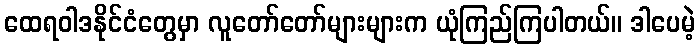
ထေရဝါဒနိုင်ငံတွေမှာ လူတော်တော်များများက ယုံကြည်ကြပါတယ်။ ဒါပေမဲ့